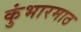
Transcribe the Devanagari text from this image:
कुंभारमाठ